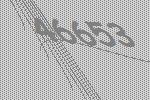
46653